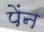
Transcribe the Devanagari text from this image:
पेंन